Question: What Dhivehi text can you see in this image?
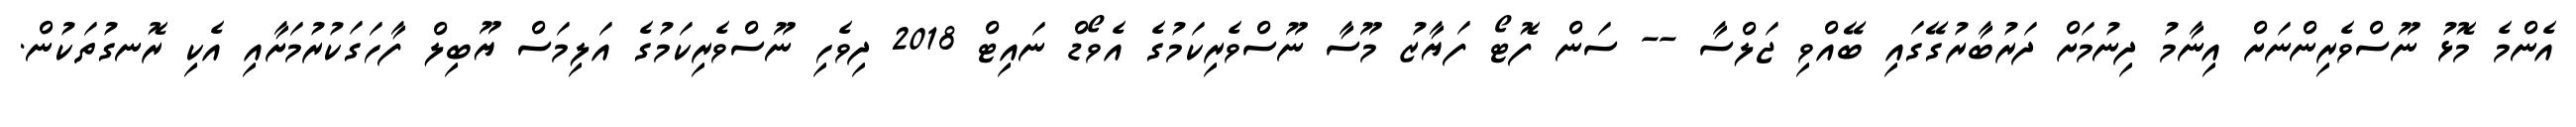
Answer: އެންމެ މޮޅު ނޫސްވެރިންނަށް އިނާމު ދިނުމަށް ދަރުބާރުގޭގައި ބޭއްވި ޖަލްސާ -- ސަން ފޮޓޯ ފަޔާޒު މޫސާ ނޫސްވެރިކަމުގެ އެވޯޑް ނައިޓް 2018 ދިވެހި ނޫސްވެރިކަމުގެ އަލިމަސް ޔޫބިލް ފާހަގަކުރުމަށާއި އެކި ރޮނގުތަކުން.